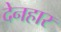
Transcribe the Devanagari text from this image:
देनहार